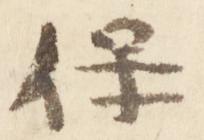
保